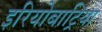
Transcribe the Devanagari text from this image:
इरियोबाट्रिया